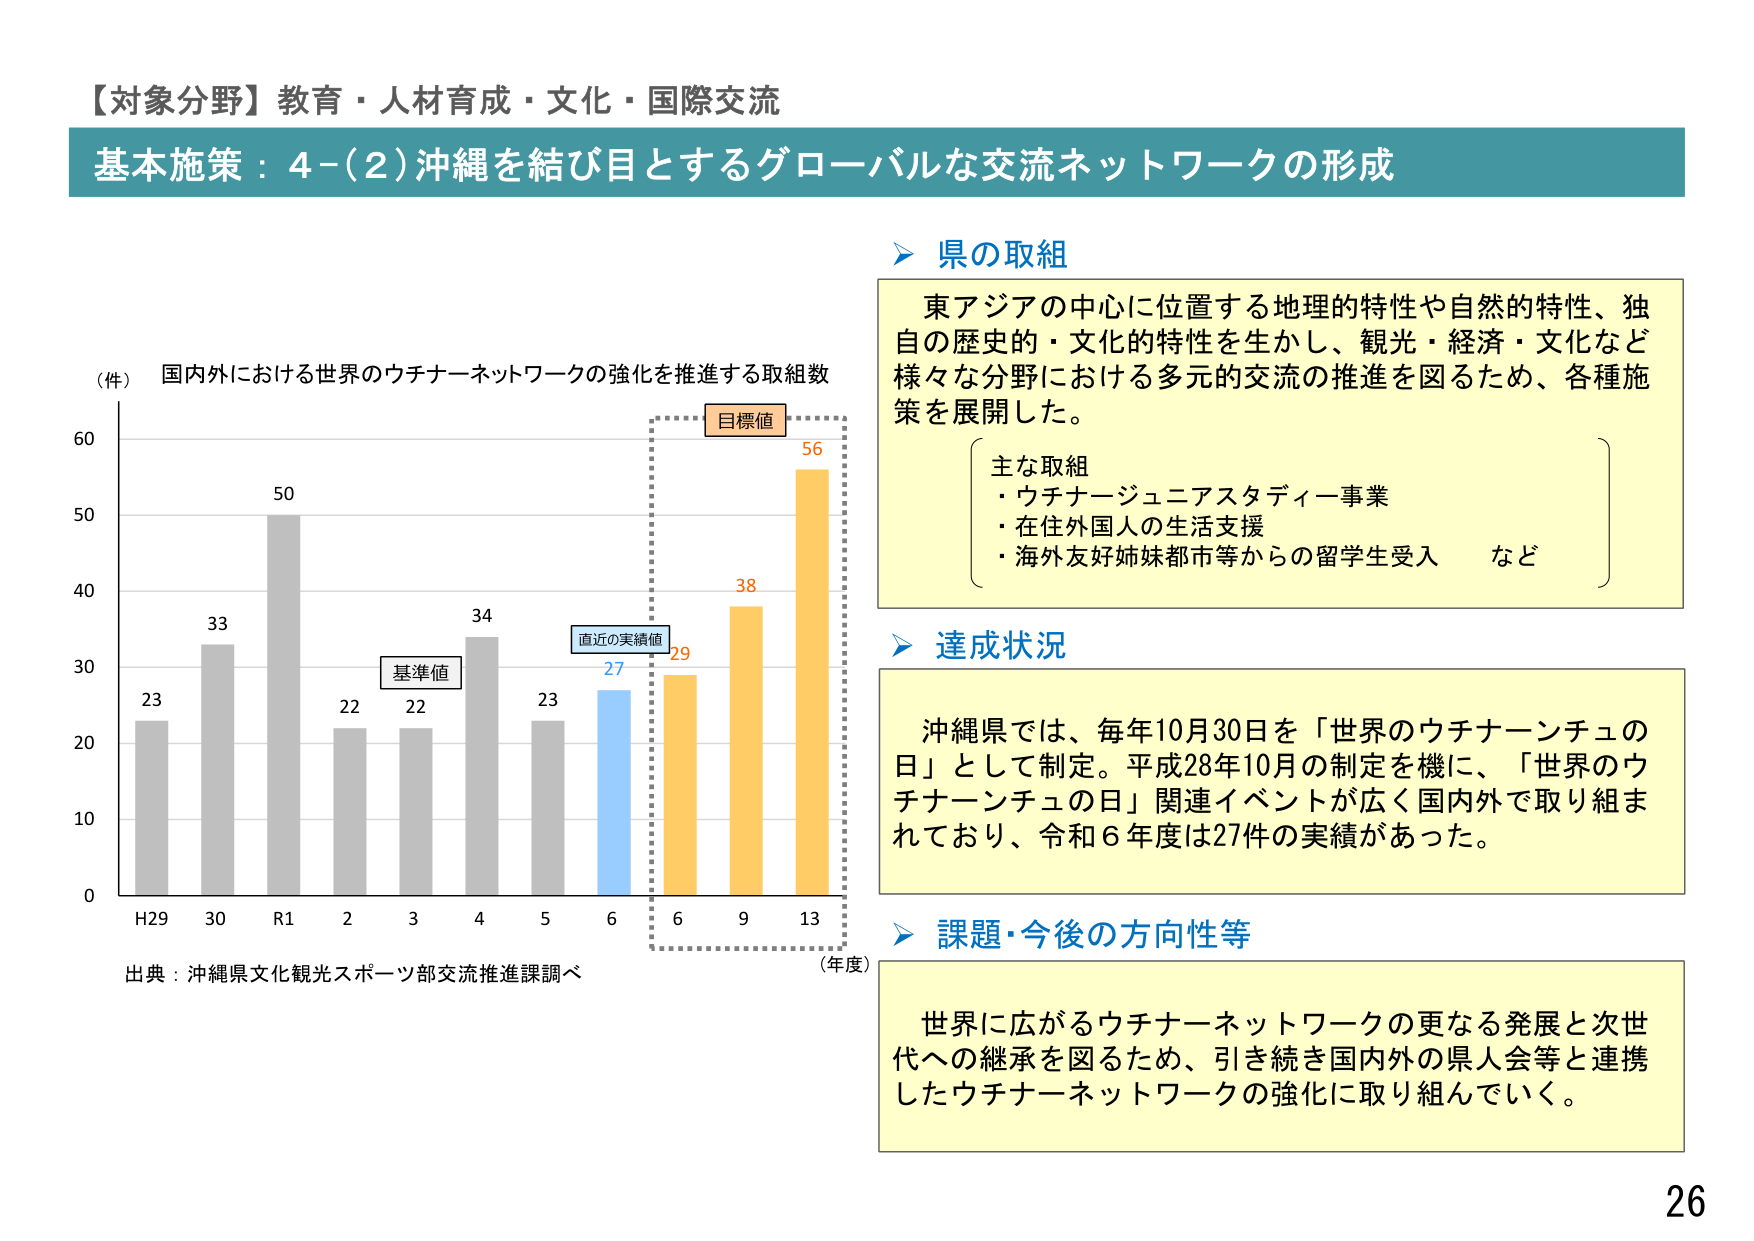
【対象分野】教育・人材育成・文化・国際交流
基本施策：4-(2)沖縄を結び目とするグローバルな交流ネットワークの形成

（件）国内外における世界のウチナーネットワークの強化を推進する取組数
H29  30  R1  2  3  4  5  6  6  9  13
23  33  50  22  22  34  23  27  29  38  56
基準値
直近の実績値
目標値
（年度）
出典：沖縄県文化観光スポーツ部交流推進課調べ

県の取組
東アジアの中心に位置する地理的特性や自然的特性、独自の歴史的・文化的特性を生かし、観光・経済・文化など様々な分野における多元的交流の推進を図るため、各種施策を展開した。
主な取組
・ウチナージュニアスタディー事業
・在住外国人の生活支援
・海外友好姉妹都市等からの留学生受入 など

達成状況
沖縄県では、毎年10月30日を「世界のウチナーンチュの日」として制定。平成28年10月の制定を機に、「世界のウチナーンチュの日」関連イベントが広く国内外で取り組まれており、令和6年度は27件の実績があった。

課題・今後の方向性等
世界に広がるウチナーネットワークの更なる発展と次世代への継承を図るため、引き続き国内外の県人会等と連携したウチナーネットワークの強化に取り組んでいく。

26